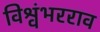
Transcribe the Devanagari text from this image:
विश्वंभरराव